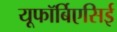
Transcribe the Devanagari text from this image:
यूफॉर्बिएसिई